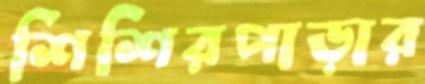
শিশিরপাড়ার